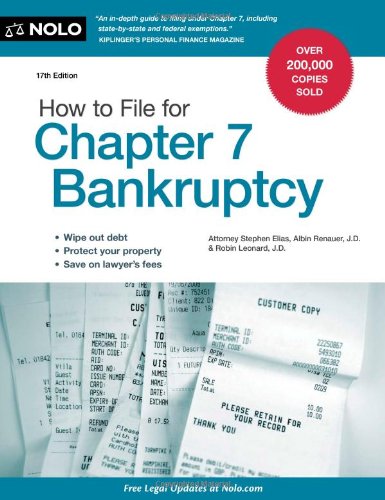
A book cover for How to File for Chapter 7 Bankruptcy; Stephen Elias Attorney; Law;